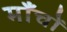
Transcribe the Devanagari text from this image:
माँचों